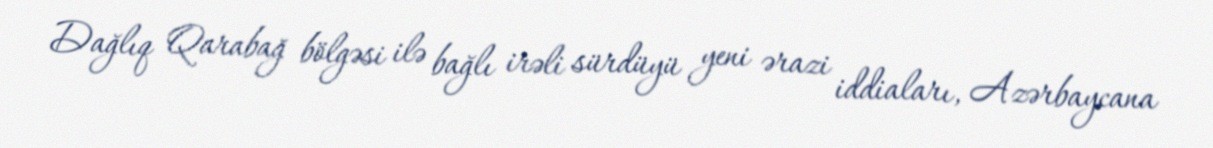
Dağlıq Qarabağ bölgəsi ilə bağlı irəli sürdüyü yeni ərazi iddiaları, Azərbaycana